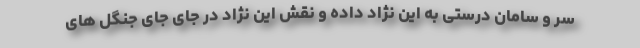
سر و سامان درستی به این نژاد داده و نقش این نژاد در جای جای جنگل های